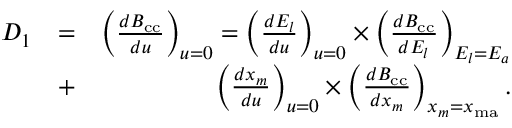
\begin{array} { r l r } { D _ { 1 } } & { = } & { \left( \frac { d { \cal B } _ { \mathrm { c c } } } { d u } \right) _ { { u = 0 } } = \left( \frac { d E _ { l } } { d u } \right) _ { { u = 0 } } \times \left( \frac { d { \cal B } _ { \mathrm { c c } } } { d E _ { l } } \right) _ { E _ { l } = E _ { a } } } \\ & { + } & { \left( \frac { d x _ { m } } { d u } \right) _ { { u = 0 } } \times \left( \frac { d { \cal B } _ { \mathrm { c c } } } { d x _ { m } } \right) _ { x _ { m } = x _ { \mathrm { m a } } } . } \end{array}